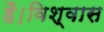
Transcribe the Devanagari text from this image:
है।विश्वास